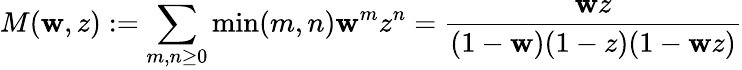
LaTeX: M(\mathbf{w},z):=\sum_{m,n\geq0}\operatorname*{min}(m,n)\mathbf{w}^{m}z^{n}={\frac{{\mathbf{w}z}}{{(1-\mathbf{w})(1-z)(1-\mathbf{w}z)}}}